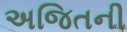
અજિતની